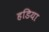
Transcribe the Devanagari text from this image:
हडिया